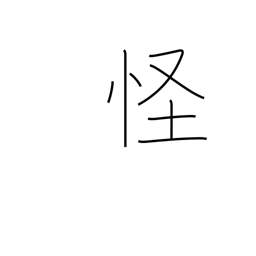
Meaning: suspicious